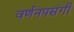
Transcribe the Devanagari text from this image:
वर्णनपसंगी